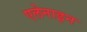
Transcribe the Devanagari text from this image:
एलेनाइन